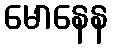
မောနေန